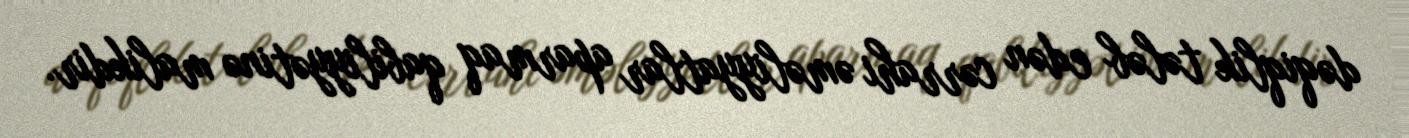
dəqiqlik tələb edən cərrahi əməliyyatlar aparmaq qabiliyyətinə malikdir.